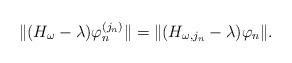
LaTeX: \begin{align*}\|(H_\omega-\lambda)\varphi_n^{(j_n)}\|=\|(H_{\omega,j_n}-\lambda)\varphi_n\|.\end{align*}